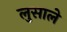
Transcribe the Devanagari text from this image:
लुसाले